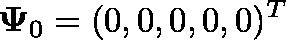
\mathbf { \Psi } _ { 0 } = ( 0 , 0 , 0 , 0 , 0 ) ^ { T }